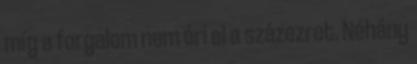
míg a forgalom nem éri el a százezret. Néhány